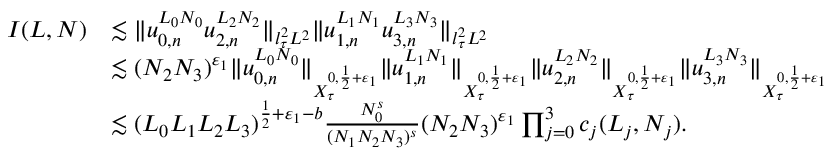
\begin{array} { r l } { I ( L , N ) } & { \lesssim \Vert u _ { 0 , n } ^ { L _ { 0 } N _ { 0 } } u _ { 2 , n } ^ { L _ { 2 } N _ { 2 } } \Vert _ { l _ { \tau } ^ { 2 } L ^ { 2 } } \Vert u _ { 1 , n } ^ { L _ { 1 } N _ { 1 } } u _ { 3 , n } ^ { L _ { 3 } N _ { 3 } } \Vert _ { l _ { \tau } ^ { 2 } L ^ { 2 } } } \\ & { \lesssim ( N _ { 2 } N _ { 3 } ) ^ { \varepsilon _ { 1 } } \Vert u _ { 0 , n } ^ { L _ { 0 } N _ { 0 } } \Vert _ { X _ { \tau } ^ { 0 , \frac { 1 } { 2 } + \varepsilon _ { 1 } } } \Vert u _ { 1 , n } ^ { L _ { 1 } N _ { 1 } } \Vert _ { X _ { \tau } ^ { 0 , \frac { 1 } { 2 } + \varepsilon _ { 1 } } } \Vert u _ { 2 , n } ^ { L _ { 2 } N _ { 2 } } \Vert _ { X _ { \tau } ^ { 0 , \frac { 1 } { 2 } + \varepsilon _ { 1 } } } \Vert u _ { 3 , n } ^ { L _ { 3 } N _ { 3 } } \Vert _ { X _ { \tau } ^ { 0 , \frac { 1 } { 2 } + \varepsilon _ { 1 } } } } \\ & { \lesssim ( L _ { 0 } L _ { 1 } L _ { 2 } L _ { 3 } ) ^ { \frac { 1 } { 2 } + \varepsilon _ { 1 } - b } \frac { N _ { 0 } ^ { s } } { ( N _ { 1 } N _ { 2 } N _ { 3 } ) ^ { s } } ( N _ { 2 } N _ { 3 } ) ^ { \varepsilon _ { 1 } } \prod _ { j = 0 } ^ { 3 } c _ { j } ( L _ { j } , N _ { j } ) . } \end{array}